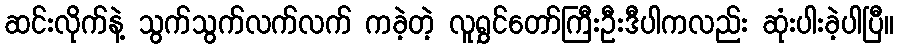
ဆင်းလိုက်နဲ့ သွက်သွက်လက်လက် ကခဲ့တဲ့ လူရွှင်တော်ကြီးဦးဒီပါကလည်း ဆုံးပါးခဲ့ပါပြီ။